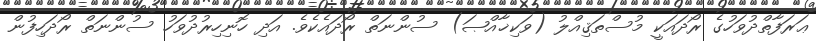
ޢަރަފާތްދުވަހުގެ ރޯދައަކީ މުސްތަޤިއްލު (ވަކިޚާއްޞަ) ސުންނަތް ރޯދައެކެވެ. އަދި ހޮނިހިރުދުވަހު ސުންނަތް ރޯދަހިފުން